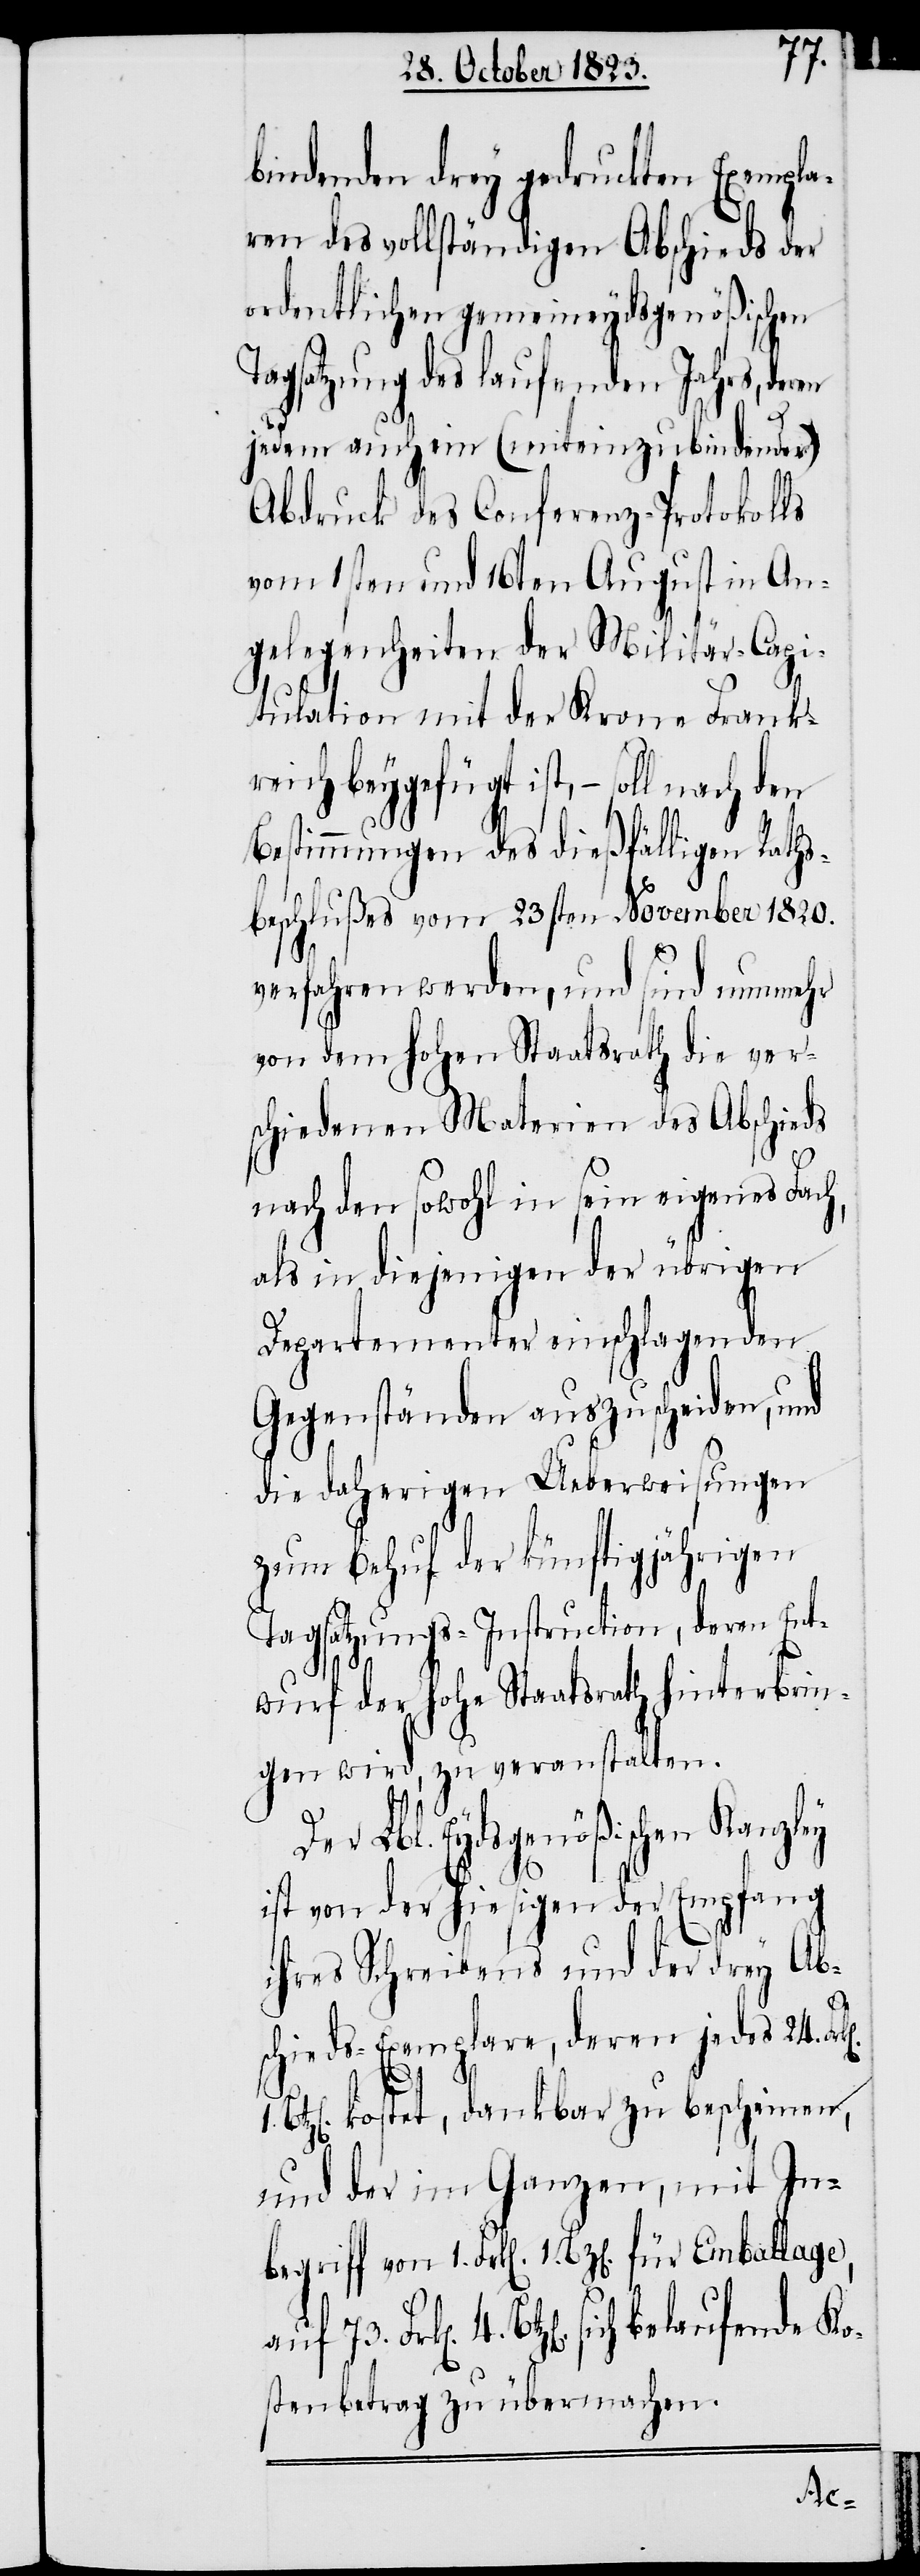
73.
bindenden drey gedruckten Exempla¬
ren des vollständigen Abschieds der
ordentlichen gemeineydsgenößischen
Tagsatzung des laufenden Jahrs, deren
jedem auch ein (miteinzubindender)
Abdruck des Conferenz-Protokolls
vom 1sten und 16ten August in An¬
gelegenheiten der Militär-Capi¬
tulation mit der Krone Frank¬
reich beygefügt ist, − soll nach
Bestimmungen des dießfälligen Raths¬
beschlußes vom 23sten November 1820.
verfahren werden, und sind nunmehr
von dem hohen Staatsrath die ver¬
schiedenen Materien des Abschieds
nach den sowohl in sein eigenes Fach,
als in diejenigen der übrigen
Departementer einschlagenden
Gegenständen auszuscheiden, und
die daherigen Ueberweisungen
zum Behuf der künftigjährigen
Tagsatzungs-Instruction, deren Ent¬
wurf der hohe Staatsrath hinterbrin¬
gen wird, zu veranstalten.
Lbl. Eydsgenößischen Kanzl¬
ist von der hiesigen der Empfang
ihres Schreibens und der drey Ab¬
schieds-Exemplare, deren jedes 24. Fr¬
kostet, dankbar zu bescheinen,
und der im Ganzen, mit In¬
n]. 4. Btz[en]. sich belaufende Ko¬
stenbetrag zu übermachen.
Fr¬

k[e¬